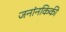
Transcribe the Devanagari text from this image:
जनांनकिकी